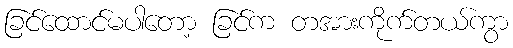
ခြင်ထောင်မပါတော့ ခြင်က တအားကိုက်တယ်ကွာ